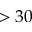
> 3 0